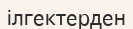
ілгектерден